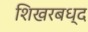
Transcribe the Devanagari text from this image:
शिखरबध्द